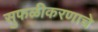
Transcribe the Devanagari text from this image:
सुफळीकरणाचे